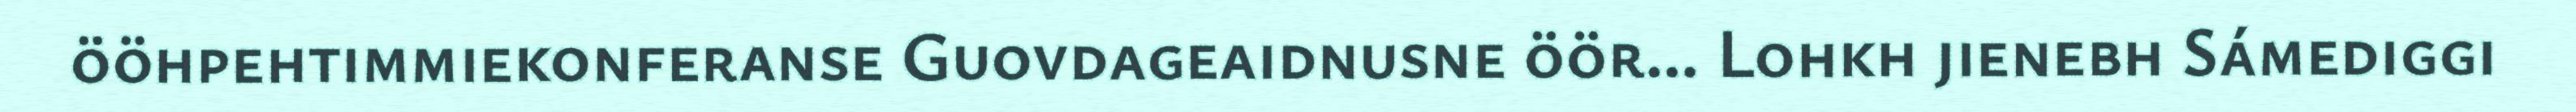
ööhpehtimmiekonferanse Guovdageaidnusne öör... Lohkh jienebh Sámediggi